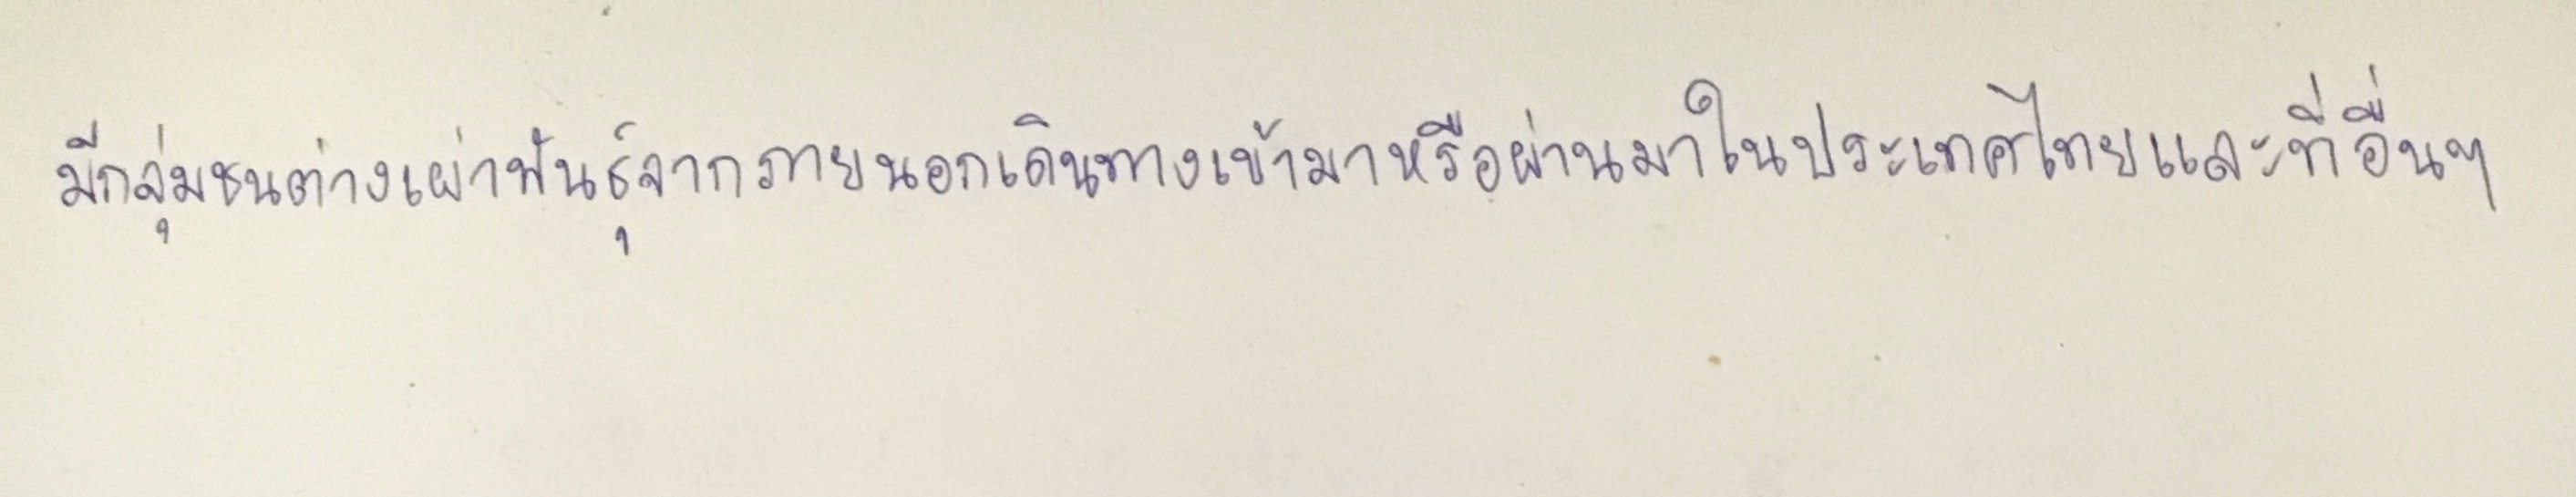
มีกลุ่มชนต่างเผ่าพันธุ์จากภายนอกเดินทางเข้ามาหรือผ่านมาในประเทศไทยและที่อื่นๆ